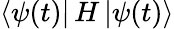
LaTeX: \mathinner{\langle{\psi(t)}|}H\mathinner{|{\psi(t)}\rangle}